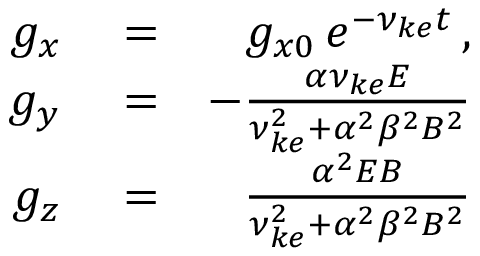
\begin{array} { r l r } { g _ { x } } & { { } = } & { g _ { x 0 } \, e ^ { - \nu _ { k e } t } \, , } \\ { g _ { y } } & { { } = } & { - \frac { \alpha \nu _ { k e } E } { \nu _ { k e } ^ { 2 } + \alpha ^ { 2 } \beta ^ { 2 } B ^ { 2 } } } \\ { g _ { z } } & { { } = } & { \frac { \alpha ^ { 2 } E B } { \nu _ { k e } ^ { 2 } + \alpha ^ { 2 } \beta ^ { 2 } B ^ { 2 } } } \end{array}